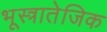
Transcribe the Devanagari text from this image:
भूस्त्रातेजिक